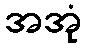
အအုံ